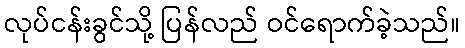
လုပ်ငန်းခွင်သို့ ပြန်လည် ဝင်ရောက်ခဲ့သည်။